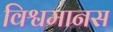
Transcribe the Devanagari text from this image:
विश्वमानस